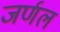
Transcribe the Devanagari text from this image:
जर्णल